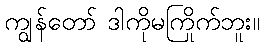
ကျွန်တော် ဒါကိုမကြိုက်ဘူး။